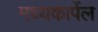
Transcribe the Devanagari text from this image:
मध्यकार्पेल